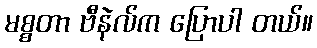
မစ္စတာ ဗီနဲလ်က ပြောပါ တယ်။